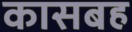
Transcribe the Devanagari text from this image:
कासबह